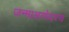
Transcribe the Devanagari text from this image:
जन्माअगोदरच